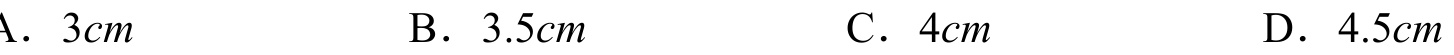
A. \(3cm\)  \(\qquad\) B. \(3.5cm\)  \(\qquad\) C. \(4cm\)  \(\qquad\) D. \(4.5cm\)